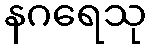
နဂရေသု